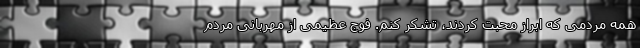
همه مردمی که ابراز محبت کردند، تشکر کنم. فوج عظیمی از مهربانی مردم